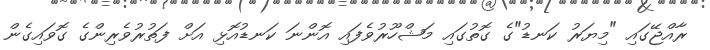
ރާއްޖޭގައި "މިޔަރު ކަނޑު"ގެ ގޮތުގައި މަޝްހޫރުވެފައި އޮންނަ ކަނޑުއޮޅި އަށް ފަތުރުވެރިންގެ ގޮވައިގެން